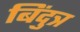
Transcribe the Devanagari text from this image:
बिंदुत्र